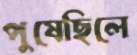
পুষেছিলে